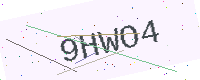
Text: 9HWO4